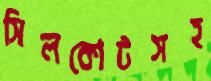
সিলকোটসহ